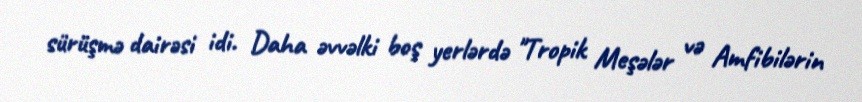
sürüşmə dairəsi idi. Daha əvvəlki boş yerlərdə "Tropik Meşələr və Amfibilərin